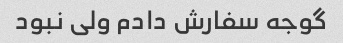
گوجه سفارش دادم ولی نبود